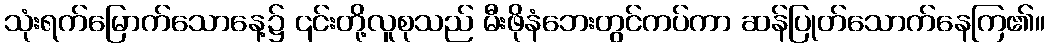
သုံးရက်မြောက်သောနေ့၌ ၎င်းတို့လူစုသည် မီးဖိုနံဘေးတွင်ကပ်ကာ ဆန်ပြုတ်သောက်နေကြ၏။